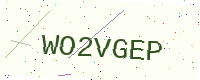
Text: WO2VGEP